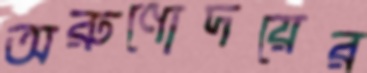
অরুণোদয়ের